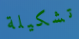
تشكيلة